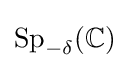
{\text{Sp}}_{-\delta }(\mathbb {C} )